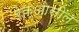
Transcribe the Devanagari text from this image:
रेक्‌ओसील